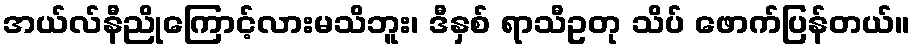
အယ်လ်နီညိုကြောင့်လားမသိဘူး၊ ဒီနှစ် ရာသီဥတု သိပ် ဖောက်ပြန်တယ်။